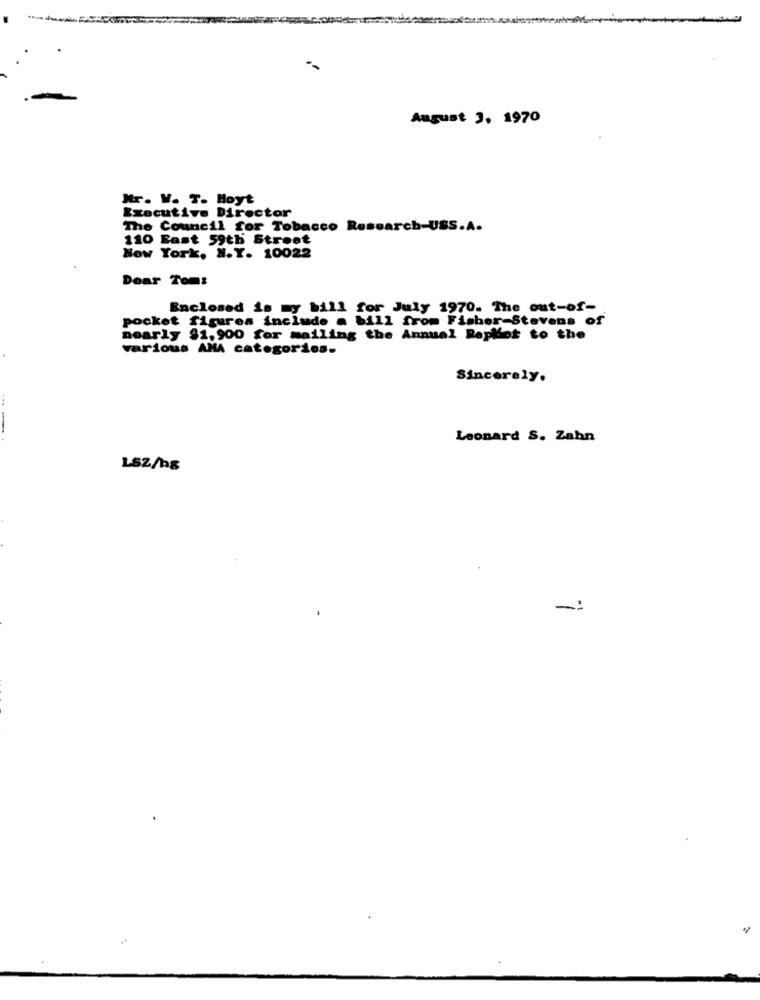
August 3, 1970
Mr. V. T. Hoyt
Executive Director
The Council for Tobacco Research-USS.A.
110 East 59th Street
New York, N.Y. 10022
Dear Tom:
Enclosed is my bill for July 1970. The out-of-
pocket figures include a bill from Fisher-Stevens of
nearly $1,900 for mailing the Annual Repliot to the
various AMA categories.
Sincerely.
---
Leonard S. Zahn
LSZ/ng